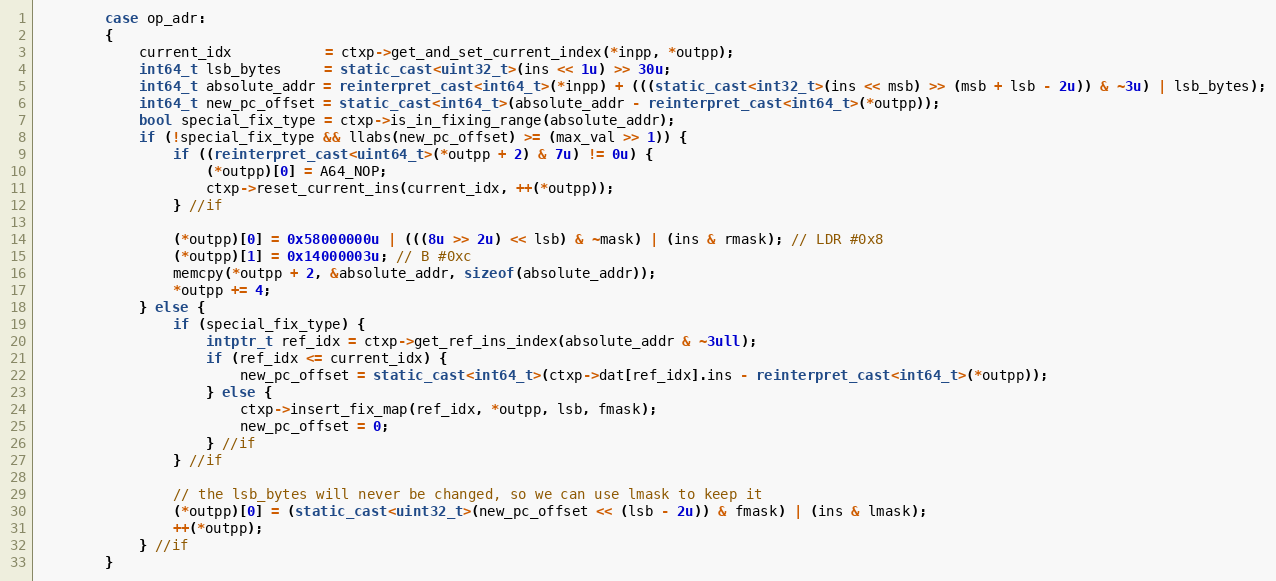
Language: C++
        case op_adr:
        {
            current_idx           = ctxp->get_and_set_current_index(*inpp, *outpp);
            int64_t lsb_bytes     = static_cast<uint32_t>(ins << 1u) >> 30u;
            int64_t absolute_addr = reinterpret_cast<int64_t>(*inpp) + (((static_cast<int32_t>(ins << msb) >> (msb + lsb - 2u)) & ~3u) | lsb_bytes);
            int64_t new_pc_offset = static_cast<int64_t>(absolute_addr - reinterpret_cast<int64_t>(*outpp));
            bool special_fix_type = ctxp->is_in_fixing_range(absolute_addr);
            if (!special_fix_type && llabs(new_pc_offset) >= (max_val >> 1)) {
                if ((reinterpret_cast<uint64_t>(*outpp + 2) & 7u) != 0u) {
                    (*outpp)[0] = A64_NOP;
                    ctxp->reset_current_ins(current_idx, ++(*outpp));
                } //if

                (*outpp)[0] = 0x58000000u | (((8u >> 2u) << lsb) & ~mask) | (ins & rmask); // LDR #0x8
                (*outpp)[1] = 0x14000003u; // B #0xc
                memcpy(*outpp + 2, &absolute_addr, sizeof(absolute_addr));
                *outpp += 4;
            } else {
                if (special_fix_type) {
                    intptr_t ref_idx = ctxp->get_ref_ins_index(absolute_addr & ~3ull);
                    if (ref_idx <= current_idx) {
                        new_pc_offset = static_cast<int64_t>(ctxp->dat[ref_idx].ins - reinterpret_cast<int64_t>(*outpp));
                    } else {
                        ctxp->insert_fix_map(ref_idx, *outpp, lsb, fmask);
                        new_pc_offset = 0;
                    } //if
                } //if

                // the lsb_bytes will never be changed, so we can use lmask to keep it
                (*outpp)[0] = (static_cast<uint32_t>(new_pc_offset << (lsb - 2u)) & fmask) | (ins & lmask);
                ++(*outpp);
            } //if
        }